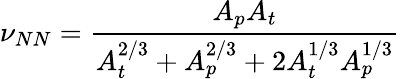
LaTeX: \nu_{NN}=\frac{A_{p}A_{t}}{A_{t}^{2/3}+A_{p}^{2/3}+2A_{t}^{1/3}A_{p}^{1/3}}